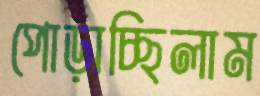
পোড়াচ্ছিলাম